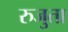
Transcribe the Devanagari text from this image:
रुजुता